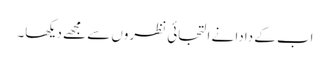
اب کے دادا نے التجائی نظروں سے مجھے دیکھا۔